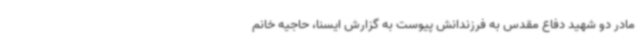
مادر دو شهید دفاع مقدس به فرزندانش پیوست به گزارش ایسنا، حاجیه خانم